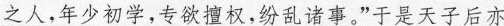
\underline{之人，年少初学，专欲擅权，纷乱诸事。”}于是天子后亦